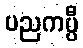
ပညကပ္ပီ